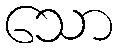
သော